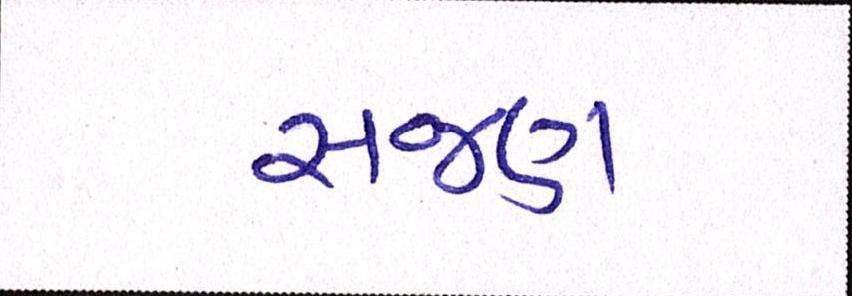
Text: સજણ